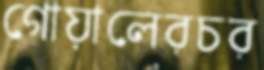
গোয়ালেরচর